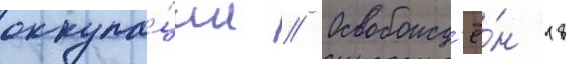
оккупа́ции // Освобожд'ё́н 18